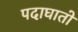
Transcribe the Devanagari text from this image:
पदाघातो